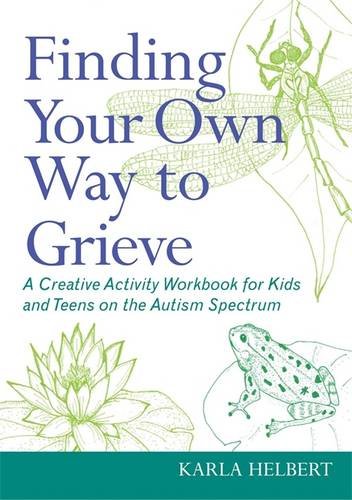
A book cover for Finding Your Own Way to Grieve: A Creative Activity Workbook for Kids and Teens on the Autism Spectrum; Karla Helbert; Teen & Young Adult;